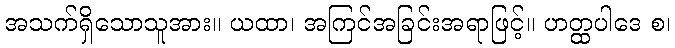
အသက်ရှိသောသူအား။ ယထာ၊ အကြင်အခြင်းအရာဖြင့်။ ဟတ္ထပါဒေ စ၊